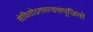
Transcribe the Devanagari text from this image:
सेवितोऽगस्त्यसंपूजितो